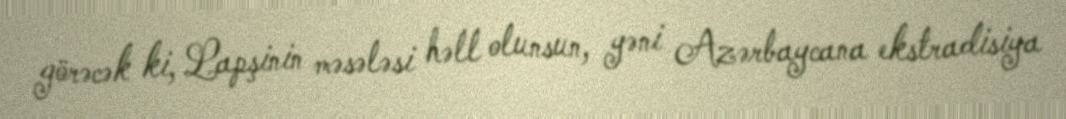
görəcək ki, Lapşinin məsələsi həll olunsun, yəni Azərbaycana ekstradisiya